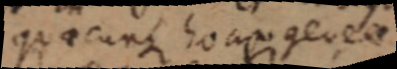
quaecunque homogeneae